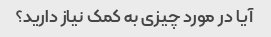
آیا در مورد چیزی به کمک نیاز دارید؟